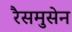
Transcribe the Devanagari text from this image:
रैसमुसेन